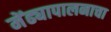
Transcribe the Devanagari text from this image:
मेंढ्यापालनाचा